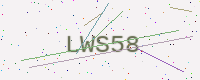
Text: LWS58